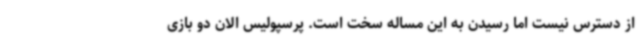
از دسترس نیست اما رسیدن به این مساله سخت است. پرسپولیس الان دو بازی